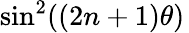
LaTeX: \sin^{2}((2n+1)\theta)\,